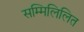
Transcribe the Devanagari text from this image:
सम्मिलिलित